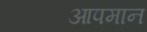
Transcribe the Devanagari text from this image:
आपमान